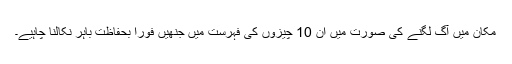
مکان میں آگ لگنے کی صورت میں ان 10 چیزوں کی فہرست میں جنھیں فوراً بحفاظت باہر نکالنا چاہیے۔